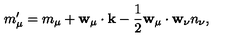
m _ { \mu } ^ { \prime } = m _ { \mu } + { \bf w } _ { \mu } \cdot { \bf k } - \frac { 1 } { 2 } { \bf w } _ { \mu } \cdot { \bf w } _ { \nu } n _ { \nu } ,